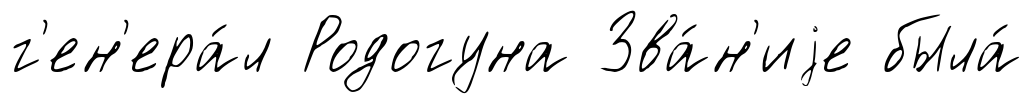
г'ен'ера́л Родогуна Зва́н'иjе была́